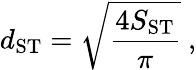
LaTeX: d_{\mathrm{ST}}=\sqrt{\frac{4S_{\mathrm{ST}}}{\pi}}~,